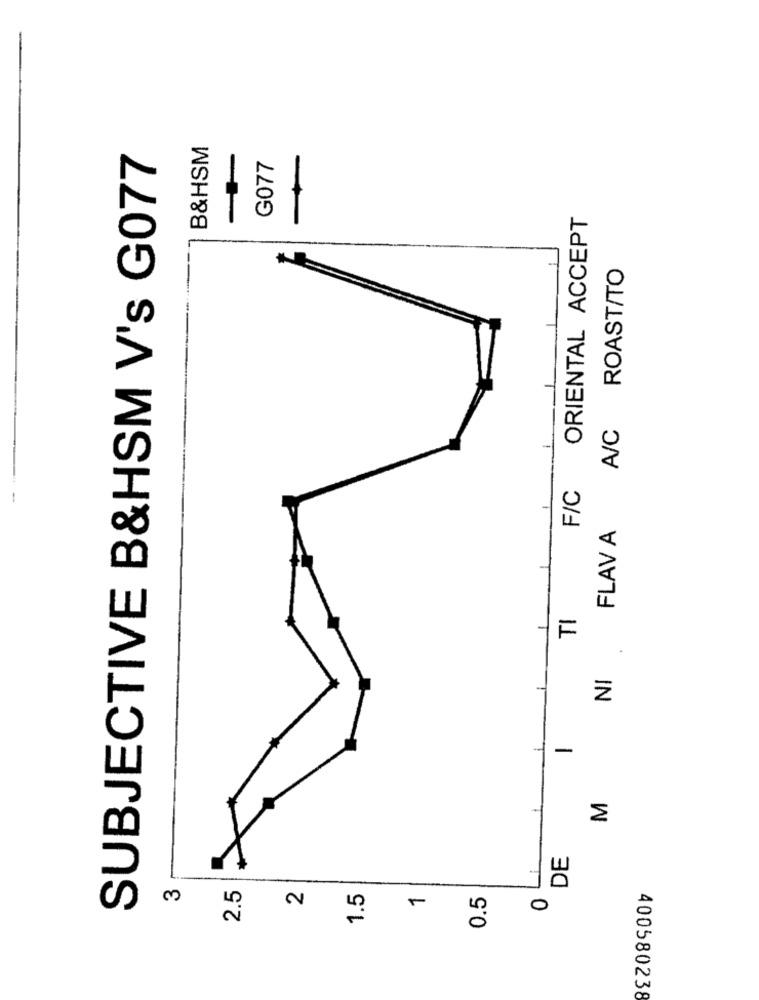
B&HSM
SUBJECTIVE B&HSM V's G077
G077
ORIENTAL ACCEPT
*
A/C ROAST/TO
F/C
FLAV A
TI
NI
-
M
DE
3
2.5
1.5
0.5
2
-
0
400580238